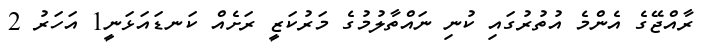
ރާއްޖޭގެ އެންމެ އުތުރުގައި ކުނި ނައްތާލުމުގެ މަރުކަޒީ ރަށެއް ކަނޑައަޅަނީ1 އަހަރު 2